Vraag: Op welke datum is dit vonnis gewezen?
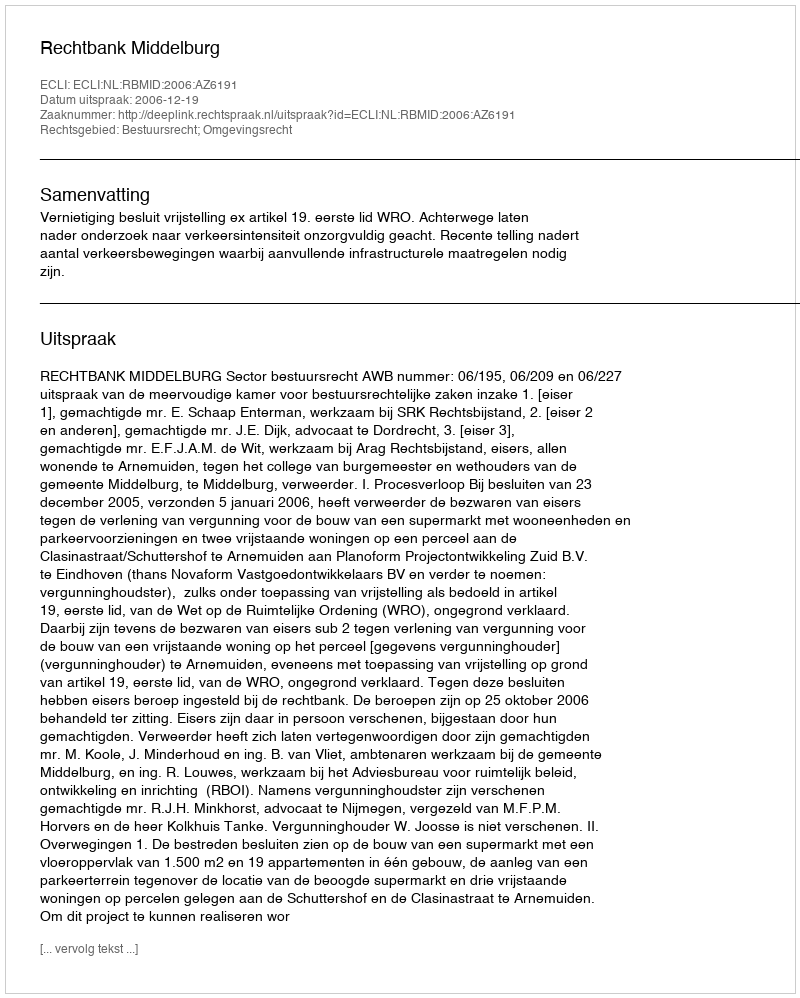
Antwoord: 2006-12-19